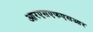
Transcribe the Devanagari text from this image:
आरएसएफएसआर